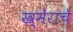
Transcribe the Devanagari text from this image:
ख्मेरांचे